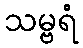
သမ္ဗရံ